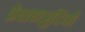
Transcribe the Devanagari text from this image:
प्रेक्षणत्रुटियों